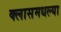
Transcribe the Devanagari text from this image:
क्लासमधल्या